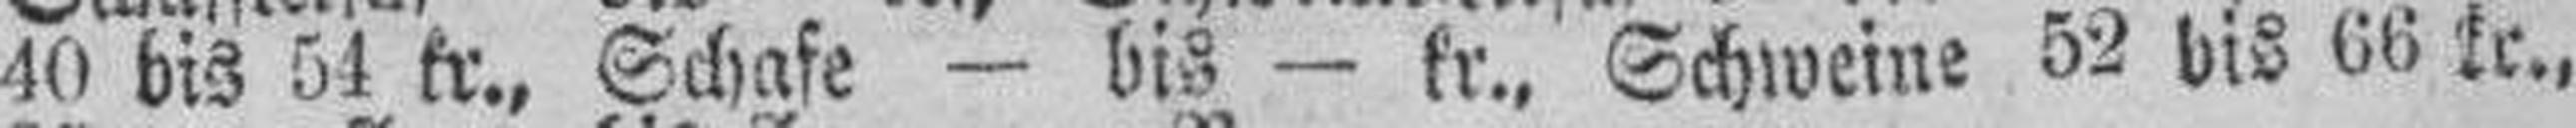
40 bis 54 kr., Schafe — bis — kr., Schweine 52 bis 66 kr.,